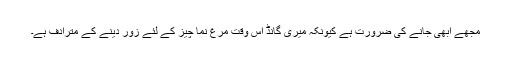
مجھے ابھی جانے کی ضرورت ہے کیونکہ میری گانڈ اس وقت مرغ نما چیز کے لئے زور دینے کے مترادف ہے۔